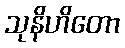
သုနိဟိတော